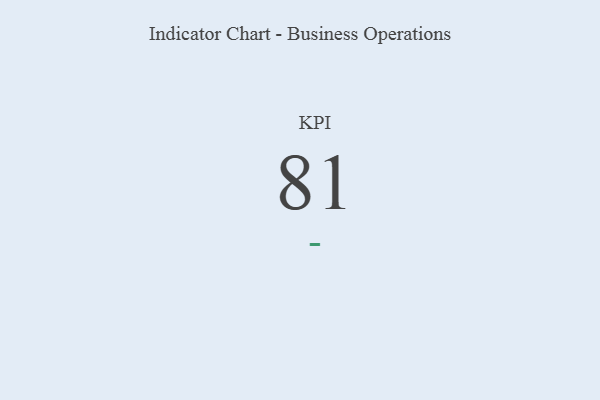
{"axis": {"x": "KPI", "y": "Value"}, "legend": [""], "data": [{"x": "KPI", "y": 81, "type": ""}]}